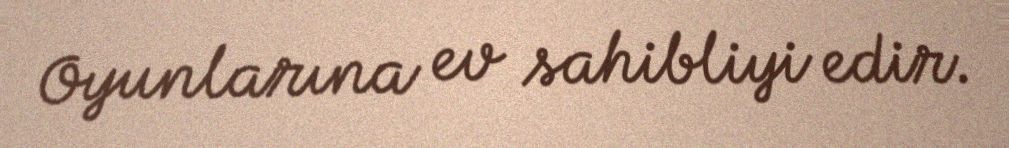
Oyunlarına ev sahibliyi edir.